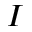
I